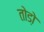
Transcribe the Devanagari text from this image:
तोडो़